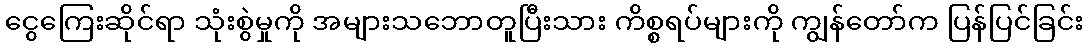
ငွေကြေးဆိုင်ရာ သုံးစွဲမှုကို အများသဘောတူပြီးသား ကိစ္စရပ်များကို ကျွန်တော်က ပြန်ပြင်ခြင်း